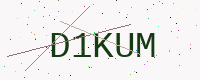
Text: D1KUM